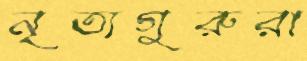
নৃত্যগুরুরা